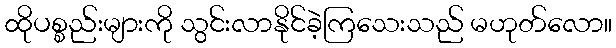
ထိုပစ္စည်းများကို သွင်းလာနိုင်ခဲ့ကြသေးသည် မဟုတ်လော။